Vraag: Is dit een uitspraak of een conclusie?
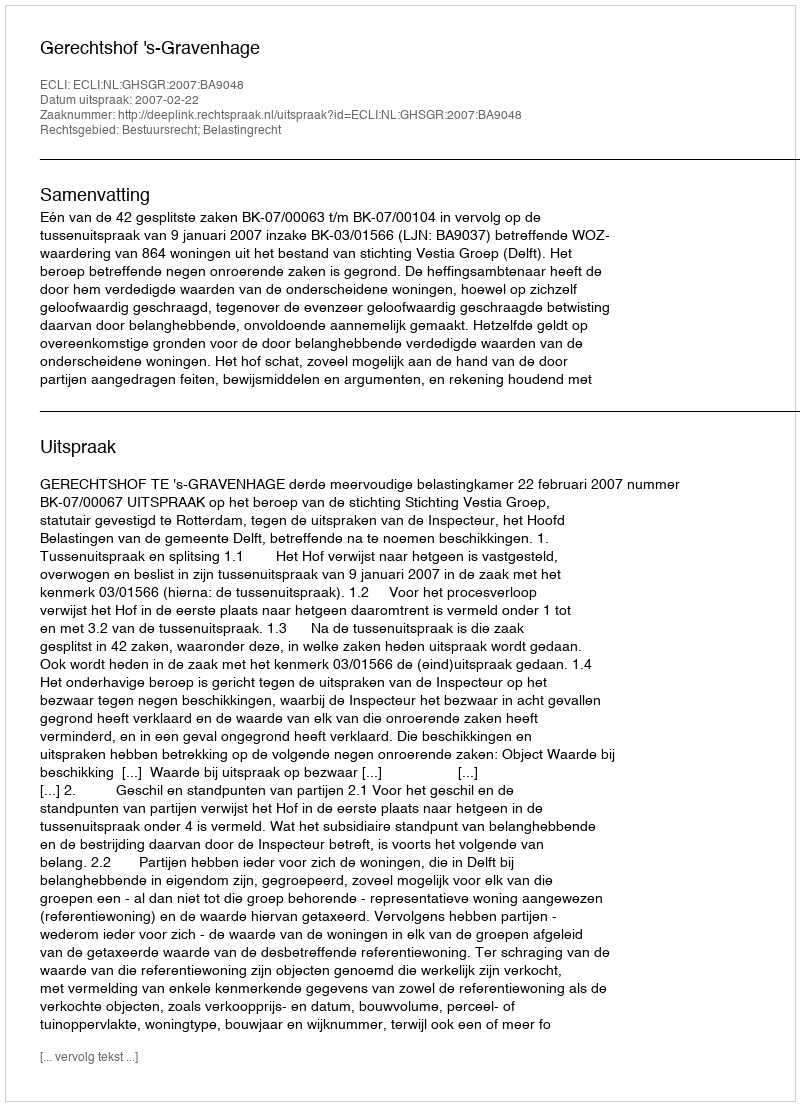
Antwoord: Uitspraak